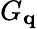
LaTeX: G_{\textbf{q}}